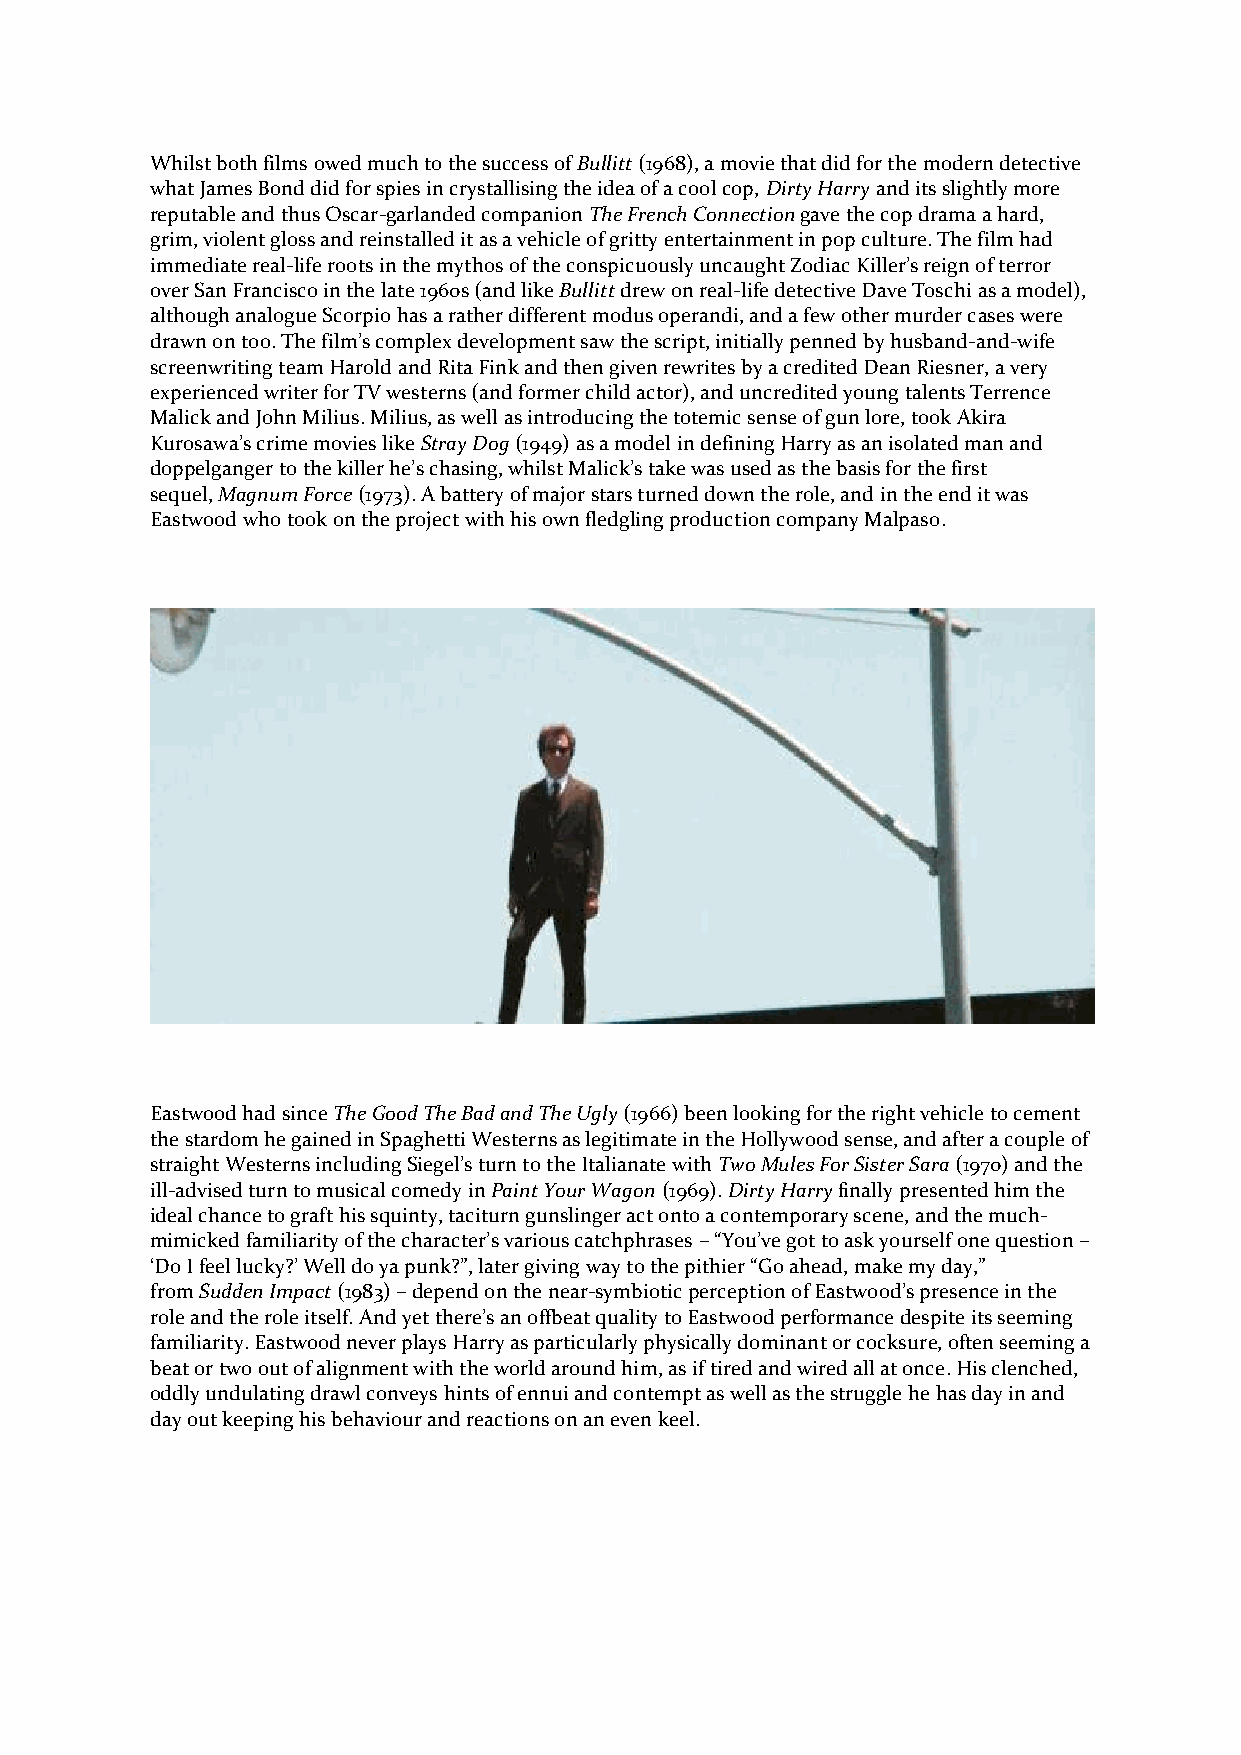
Whilst both films owed much to the success of Bullitt (1968), a movie that did for the modern detective
 what James Bond did for spies in crystallising the idea of a cool cop, Dirty Harry and its slightly more
 reputable and thus Oscar-garlanded companion The French Connection gave the cop drama a hard,
 grim, violent gloss and reinstalled it as a vehicle of gritty entertainment in pop culture. The film had
 immediate real-life roots in the mythos of the conspicuously uncaught Zodiac Killer’s reign of terror
 over San Francisco in the late 1960s (and like Bullitt drew on real-life detective Dave Toschi as a model),
 although analogue Scorpio has a rather different modus operandi, and a few other murder cases were
 drawn on too. The film’s complex development saw the script, initially penned by husband-and-wife
 screenwriting team Harold and Rita Fink and then given rewrites by a credited Dean Riesner, a very
 experienced writer for TV westerns (and former child actor), and uncredited young talents Terrence
 Malick and John Milius. Milius, as well as introducing the totemic sense of gun lore, took Akira
 Kurosawa’s crime movies like Stray Dog (1949) as a model in defining Harry as an isolated man and
 doppelganger to the killer he’s chasing, whilst Malick’s take was used as the basis for the first
 sequel, Magnum Force (1973). A battery of major stars turned down the role, and in the end it was
 Eastwood who took on the project with his own fledgling production company Malpaso.
 Eastwood had since The Good The Bad and The Ugly (1966) been looking for the right vehicle to cement
 the stardom he gained in Spaghetti Westerns as legitimate in the Hollywood sense, and after a couple of
 straight Westerns including Siegel’s turn to the Italianate with Two Mules For Sister Sara (1970) and the
 ill-advised turn to musical comedy in Paint Your Wagon (1969). Dirty Harry finally presented him the
 ideal chance to graft his squinty, taciturn gunslinger act onto a contemporary scene, and the much-
 mimicked familiarity of the character’s various catchphrases – “You’ve got to ask yourself one question –
 ‘Do I feel lucky?’ Well do ya punk?”, later giving way to the pithier “Go ahead, make my day,”
 from Sudden Impact (1983) – depend on the near-symbiotic perception of Eastwood’s presence in the
 role and the role itself. And yet there’s an offbeat quality to Eastwood performance despite its seeming
 familiarity. Eastwood never plays Harry as particularly physically dominant or cocksure, often seeming a
 beat or two out of alignment with the world around him, as if tired and wired all at once. His clenched,
 oddly undulating drawl conveys hints of ennui and contempt as well as the struggle he has day in and
 day out keeping his behaviour and reactions on an even keel.